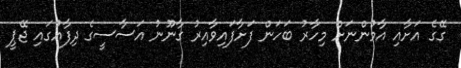
ގޭގެ އަށާއި އާމުންނަށް މިހާރު ބަހަން ފަށާފައިވާއިރު ގާނޫނު އަސާސީގެ ދިފާއުގައި ޖޭޕީ